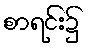
စာရင်း၌